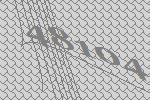
48104